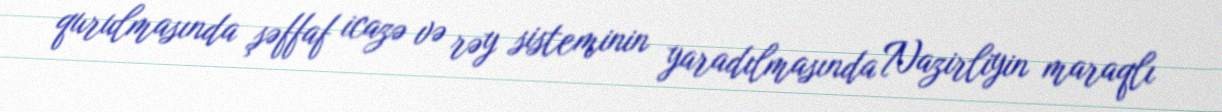
qurulmasında şəffaf icazə və rəy sisteminin yaradılmasında Nazirliyin maraqlı